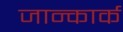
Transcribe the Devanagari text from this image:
जान्कार्क